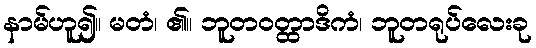
နာမ်ဟူ၍။ မတံ၊ ၏။ ဘူတဝတ္ထာဒိကံ၊ ဘူတရုပ်လေးခု